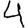
Digit: 4